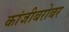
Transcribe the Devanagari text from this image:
कांजीबरोबर